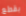
بقطع